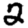
Digit: 2